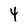
Character: 4